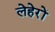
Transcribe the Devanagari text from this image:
लेहेरों